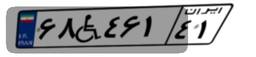
۱۴W۶۴۳۶۸